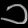
Digit: ၁